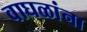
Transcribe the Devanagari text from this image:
वाघळांना